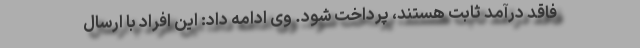
فاقد درآمد ثابت هستند، پرداخت شود. وی ادامه داد: این افراد با ارسال